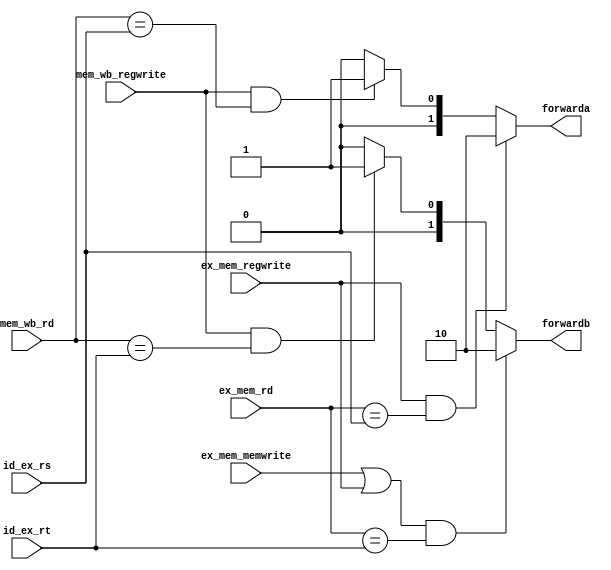
`timescale 1ns / 1ps
//////////////////////////////////////////////////////////////////////////////////
// Company: 
// Engineer: 
// 
// Design Name: 
// Module Name: forwardmux
// Project Name: 
// Target Devices: 
// Tool Versions: 
// Description: 
// 
// Dependencies: 
// 
// Revision:
// Revision 0.01 - File Created
// Additional Comments:
// 
//////////////////////////////////////////////////////////////////////////////////


module forwardmux(
forwarda,
forwardb,
ex_mem_rd,
mem_wb_rd,
id_ex_rs,
id_ex_rt,
ex_mem_regwrite,
ex_mem_memwrite,
mem_wb_regwrite
    );
    input [4:0] ex_mem_rd,mem_wb_rd,id_ex_rs,id_ex_rt;
    input ex_mem_regwrite, mem_wb_regwrite,ex_mem_memwrite;
    output [1:0] forwarda,forwardb;
    
    assign forwarda = (ex_mem_regwrite&&(ex_mem_rd == id_ex_rs))?2'b10:(mem_wb_regwrite&&(mem_wb_rd == id_ex_rs))?2'b01:2'b00;
    assign forwardb = ((ex_mem_memwrite||ex_mem_regwrite)&&(ex_mem_rd == id_ex_rt))?2'b10:(mem_wb_regwrite&&(mem_wb_rd == id_ex_rt))?2'b01:2'b00;
    
endmodule